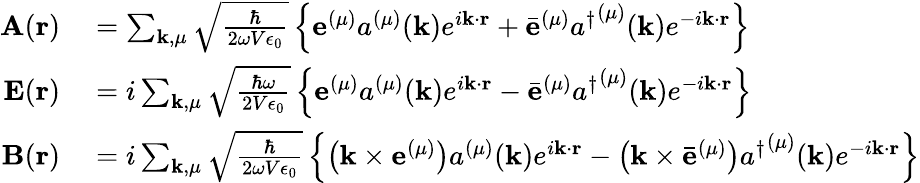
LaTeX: \begin{array}{rl}{\mathbf{A}(\mathbf{r})}&{{}=\sum_{\mathbf{k},\mu}{\sqrt{\frac{\hbar}{2\omega V\epsilon_{0}}}}\left\{ \mathbf{e}^{(\mu)}a^{(\mu)}(\mathbf{k})e^{i\mathbf{k}\cdot\mathbf{r}}+{\bar{\mathbf{e}}}^{(\mu)}{a^{\dagger}}^{(\mu)}(\mathbf{k})e^{-i\mathbf{k}\cdot\mathbf{r}}\right\} }\\ {\mathbf{E}(\mathbf{r})}&{{}=i\sum_{\mathbf{k},\mu}{\sqrt{\frac{\hbar\omega}{2V\epsilon_{0}}}}\left\{ \mathbf{e}^{(\mu)}a^{(\mu)}(\mathbf{k})e^{i\mathbf{k}\cdot\mathbf{r}}-{\bar{\mathbf{e}}}^{(\mu)}{a^{\dagger}}^{(\mu)}(\mathbf{k})e^{-i\mathbf{k}\cdot\mathbf{r}}\right\} }\\ {\mathbf{B}(\mathbf{r})}&{{}=i\sum_{\mathbf{k},\mu}{\sqrt{\frac{\hbar}{2\omega V\epsilon_{0}}}}\left\{ \left(\mathbf{k}\times\mathbf{e}^{(\mu)}\right)a^{(\mu)}(\mathbf{k})e^{i\mathbf{k}\cdot\mathbf{r}}-\left(\mathbf{k}\times{\bar{\mathbf{e}}}^{(\mu)}\right){a^{\dagger}}^{(\mu)}(\mathbf{k})e^{-i\mathbf{k}\cdot\mathbf{r}}\right\} }\end{array}